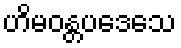
ဟိမဝန္တပဒေသေ